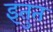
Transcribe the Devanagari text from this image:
इतुत